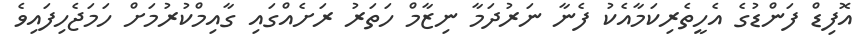
އޮފިޑް ފަންޑުގެ އެހީތެރިކަމާއެކު ފެނާ ނަރުދަމާ ނިޒާމް ހަތަރު ރަށެއްގައި ގާއިމްކުރުމަށް ހަމަޖެހިފައިވެ